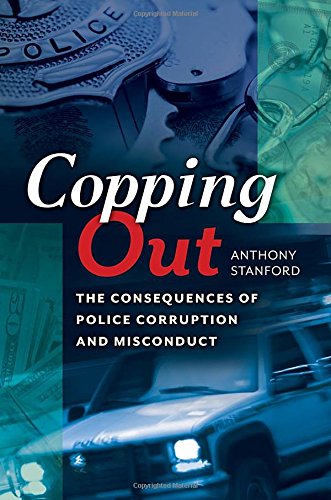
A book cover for Copping Out: The Consequences of Police Corruption and Misconduct; Anthony Stanford; Law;